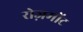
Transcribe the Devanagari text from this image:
रोज़मोंट